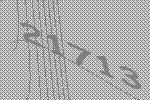
21713